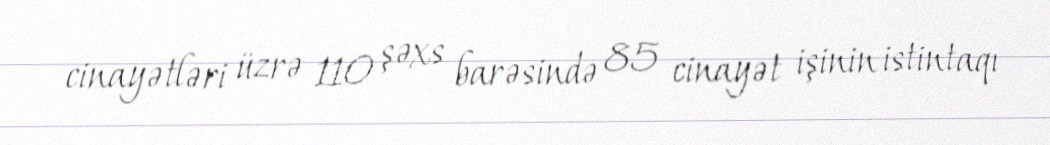
cinayətləri üzrə 110 şəxs barəsində 85 cinayət işinin istintaqı